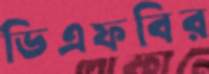
ডিএফবির